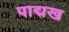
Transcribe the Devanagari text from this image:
पाद्मख